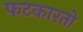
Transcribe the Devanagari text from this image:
फटकारतो